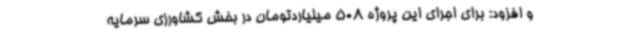
و افزود: برای اجرای این پروژه 508 میلیاردتومان در بخش کشاورزی سرمایه